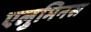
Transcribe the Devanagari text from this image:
एलुमिनस